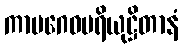
ကာမဂေဓပရိယုဋ္ဌိတာနံ